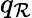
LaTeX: q_{\mathcal{R}}